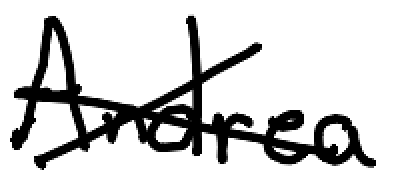
Text: Andrea
Cross-out: mix
Writing tool: digital_black